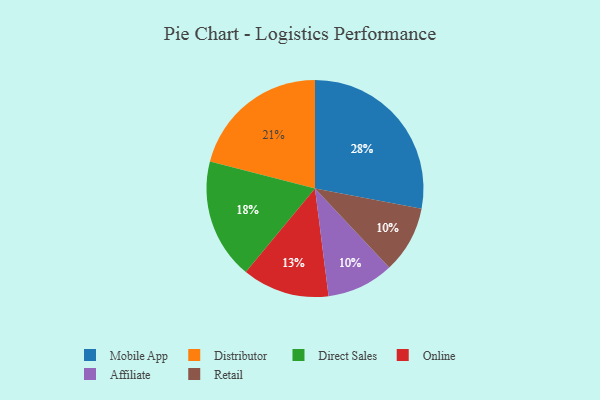
{"axis": {"x": "Category", "y": "Percentage"}, "legend": ["Affiliate", "Direct Sales", "Distributor", "Mobile App", "Online", "Retail"], "data": [{"x": "Distributor", "y": 21, "type": "Distributor"}, {"x": "Affiliate", "y": 10, "type": "Affiliate"}, {"x": "Direct Sales", "y": 18, "type": "Direct Sales"}, {"x": "Mobile App", "y": 28, "type": "Mobile App"}, {"x": "Online", "y": 13, "type": "Online"}, {"x": "Retail", "y": 10, "type": "Retail"}]}